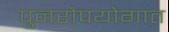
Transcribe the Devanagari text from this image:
पुनरौपयोगात